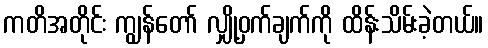
ကတိအတိုင်း ကျွန်တော် လျှို့ဝှက်ချက်ကို ထိန်းသိမ်းခဲ့တယ်။